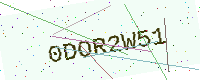
Text: 0DOR2W51